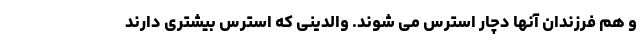
و هم فرزندان آنها دچار استرس می شوند. والدینی که استرس بیشتری دارند